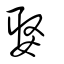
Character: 娶